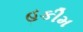
હકીમ